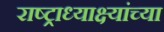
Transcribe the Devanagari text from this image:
राष्ट्राध्याक्ष्यांच्या